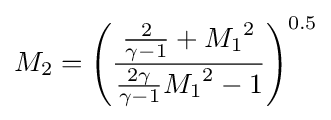
M_{2}=\left({\frac {{\frac {2}{\gamma -1}}+{M_{1}}^{2}}{{\frac {2\gamma }{\gamma -1}}{M_{1}}^{2}-1}}\right)^{0.5}